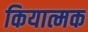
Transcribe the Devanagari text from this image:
कियात्मक